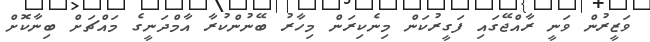
ވަޒީރުން ވަނީ ރާއްޖޭގައި ފަގީރުކަން މިނެކިރަން މިހާރު ބޭނުންކުރާ އާމްދަނީގެ މައްޗަށް ބިނާކޮށް